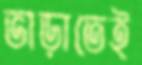
ভাড়াতেই